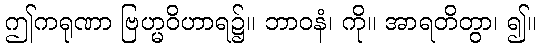
ဤကရုဏာ ဗြဟ္မဝိဟာရ၌။ ဘာဝနံ၊ ကို။ အာရတိတွာ၊ ၍။